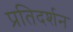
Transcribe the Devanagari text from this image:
प्रतिदर्शन